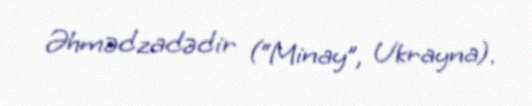
Əhmədzadədir (“Minay”, Ukrayna).